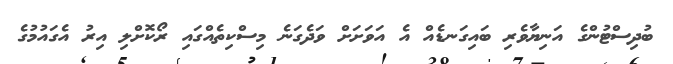
ބުދިސްޓުންގެ އަނިޔާވެރި ބައިގަނޑެއް އެ އަވަށަށް ވަދެގަނެ މިސްކިތެއްގައި ރޯކޮށްލި އިރު އެގައުމުގެ